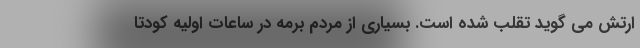
ارتش می گوید تقلب شده است. بسیاری از مردم برمه در ساعات اولیه کودتا